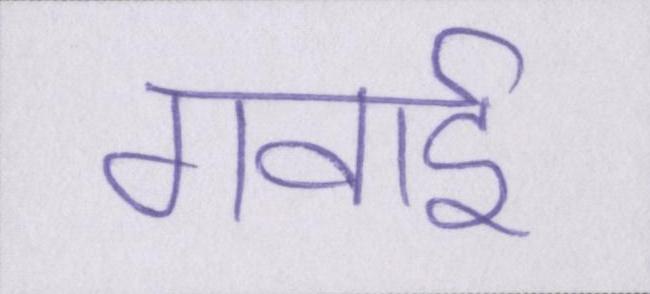
गवाई